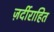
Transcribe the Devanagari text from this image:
ज़र्दीराहित